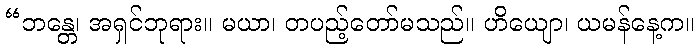
“ဘန္တေ၊ အရှင်ဘုရား။ မယာ၊ တပည့်တော်မသည်။ ဟိယျော၊ ယမန်နေ့က။